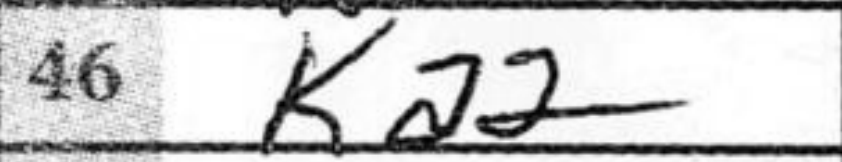
Transcription: Ka2